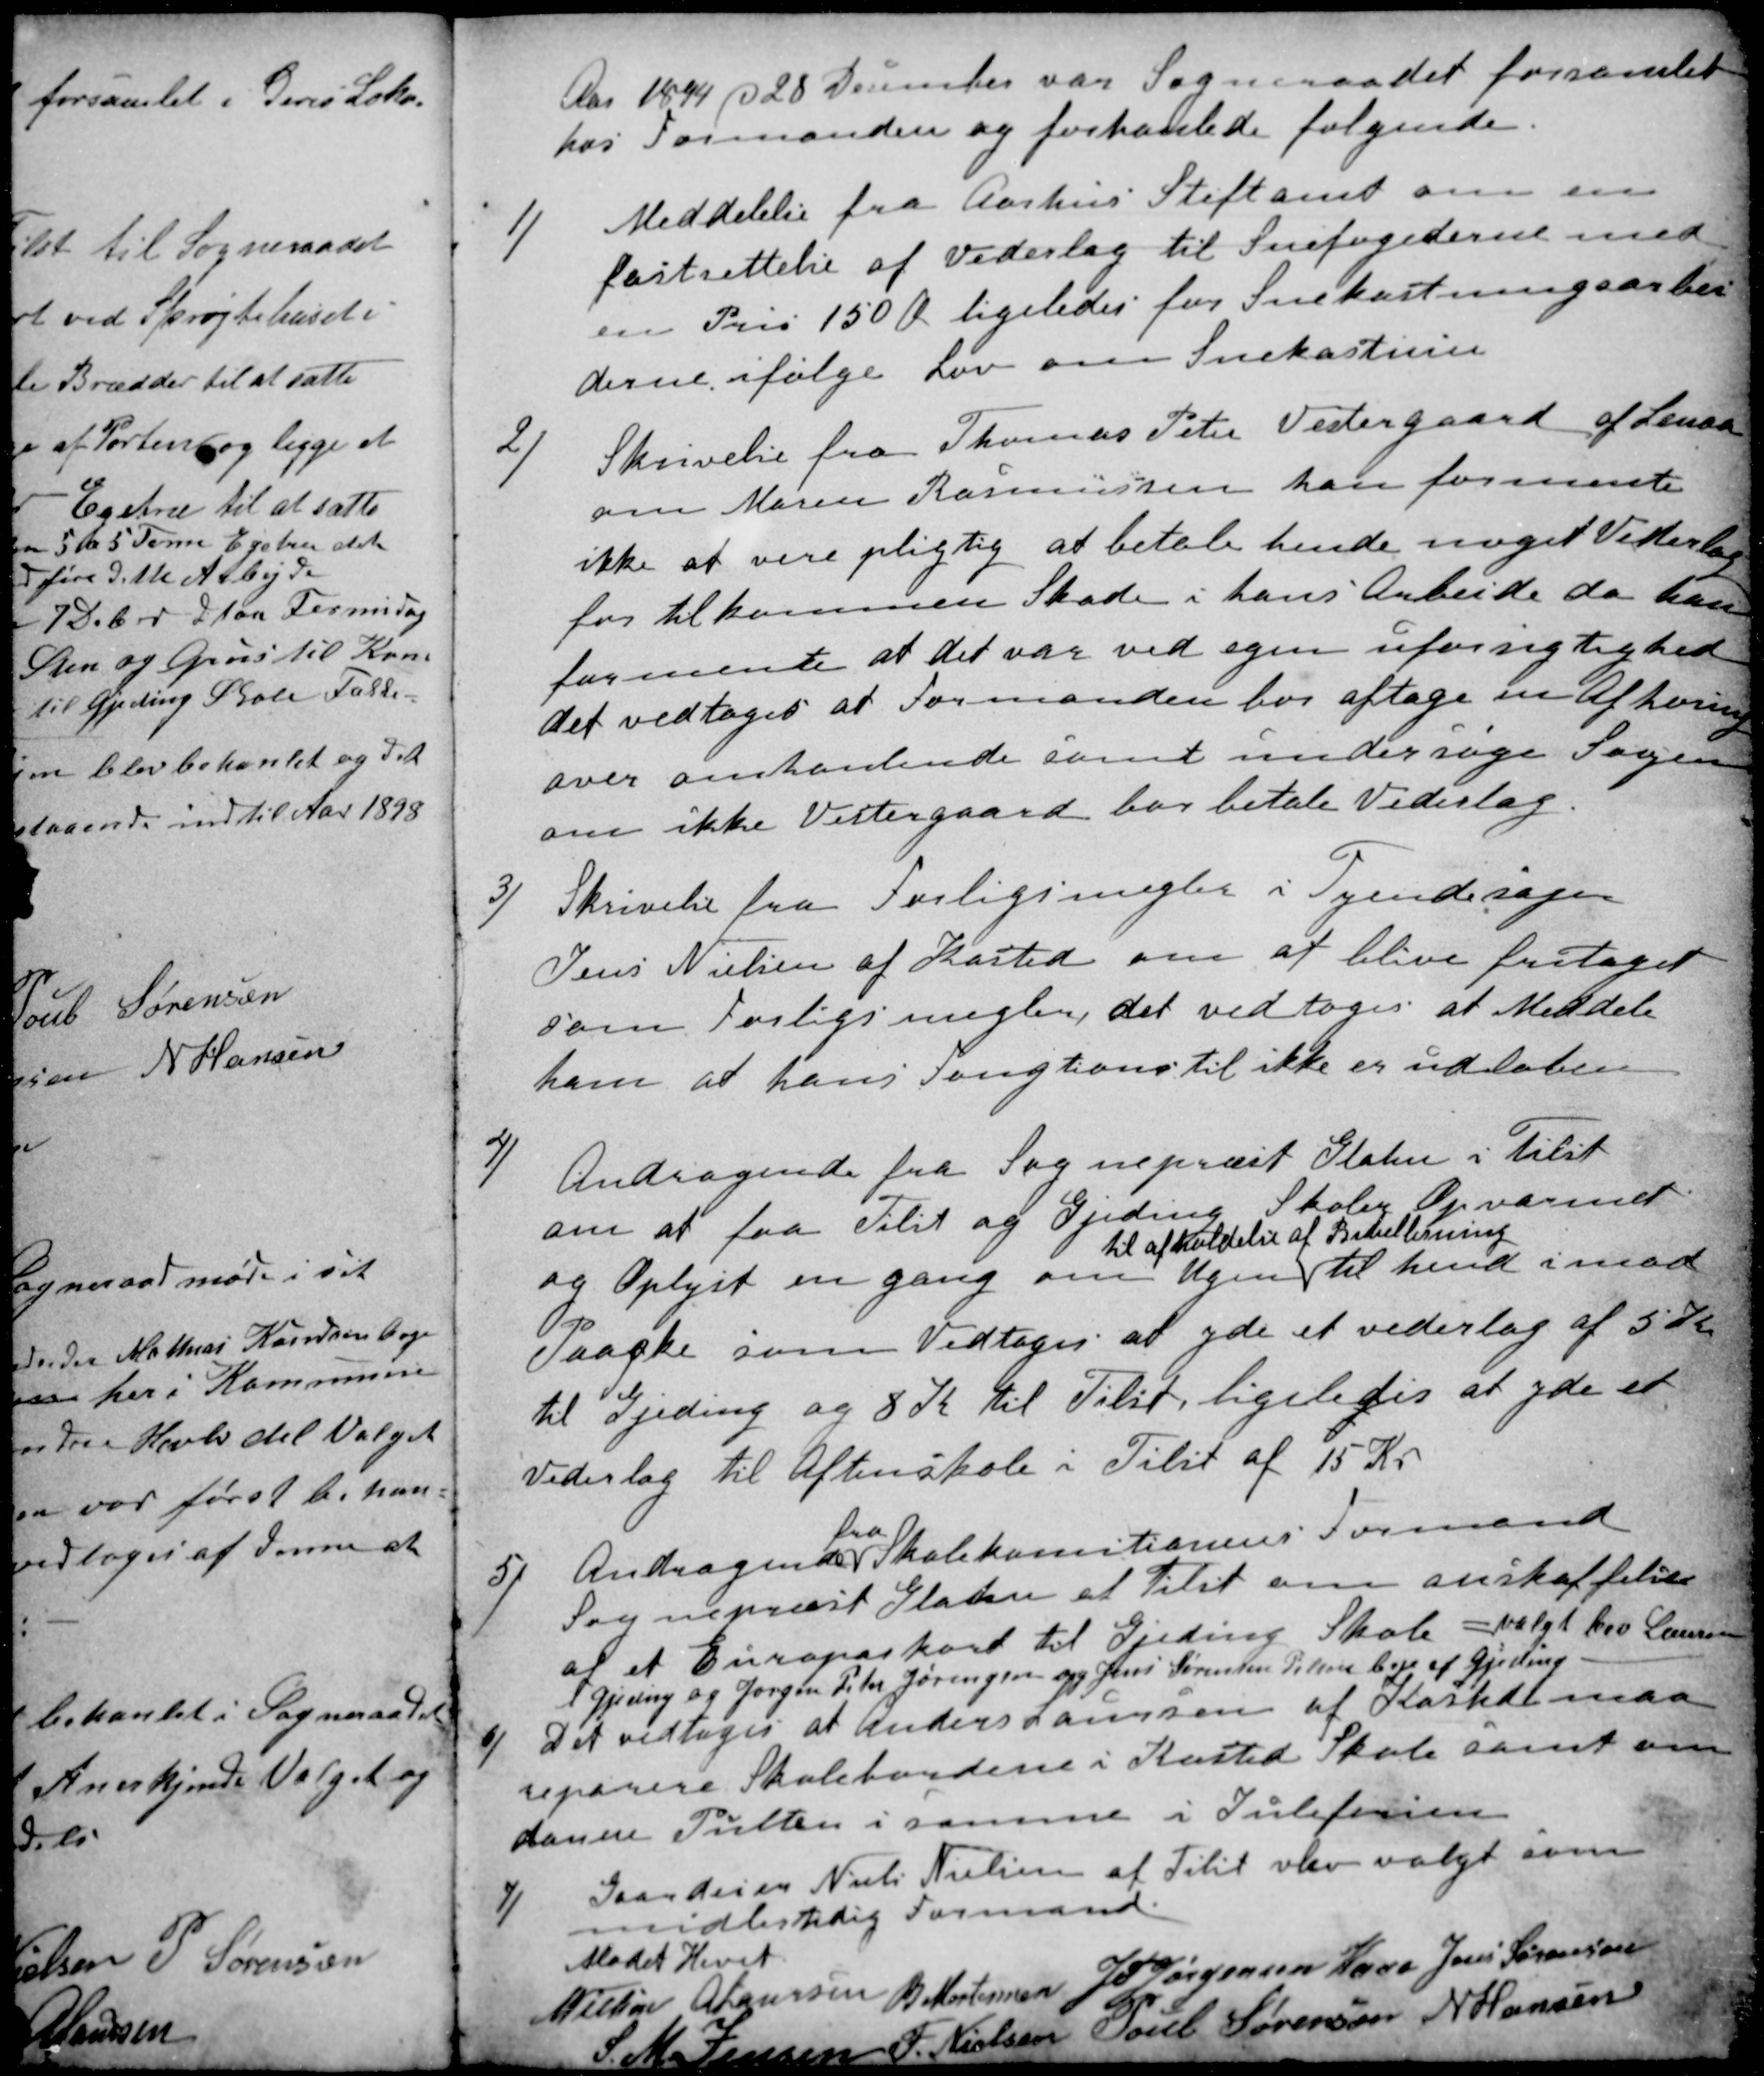
Transskription:
Aar 1894 d 28 December var Sogneraadet forsamlet
hos Formanden og forhanlede følgende.
1)
Meddelelse fra Aarhus Stiftamt om en
fastsettelse af Vederlag til Snefogederne med
en Pris 150 Øre ligeledes for Snekastningsarbei
derne ifølge Lov om Snekastnin
2)
Skrivelse fra Thomas Peter Vestergaard af Linaa
om Maren Rasmussen han formente
ikke at være pligtig at betale hende noget Vederlag
for tilkommen Skade i hans Arbeide da han
formente at det var ved egen uforsigtighed
det vedtoges at Formanden bør aftage en Afhøring
over omhanlende samt undersøge Sagen
om ikke Vestergaard bør betale Vederlag.
3)
Skrivelse fra Forligsmegler i Tyendesager
Jens Nielsen af Kasted om at blive fritaget
som Forligsmegler, det vedtoges at Meddele
ham at hans Fungtionstid ikke er udløben
4)
Andragende fra Sognepræst Glahn i Tilst
om at faa Tilst og Gjeding Skoler Opvarmet
og Oplyst en gang om Ugen
til afholdelse af Bibellesning
til hend imod
Paaske som Vedtoges at yde et vederlag af 5 Kr
til Gjeding og 8 Kr til Tilst, ligeledes at yde et
Vederlag til Aftenskole i Tilst af 15 Kr
5)
Andragende
fra
Skolekomitionens Formand
Sognepræst Glahn at Tilst om anskaffelse
af et Europaskort til Gjeding Skole = valgt bev Laursen
i Gjeding og Jørgen Peter Jørgensen og Jens Sørensen Pelsen bege af Gjeding
6)
Det vedtoges at Anders Laursen af Kasted maa
reparere Skolebordene i Kasted Skole samt om
danne Pulten i samme i Juleferien
7)
Gaardeier Niels Nielsen af Tilst blev valgt som
midlertidig Formand
Mødet Hevet
N Nielsen
A Laursen
B Mortensen
J P Jørgensen Kaae
Jens Sørensen
S. M. Jensen
F. Nielsen
Poul Sørensen
N Hansen